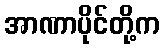
အာဏာပိုင်တို့က